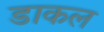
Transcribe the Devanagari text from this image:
डाकल